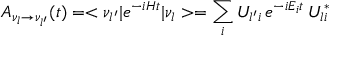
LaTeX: A _ { \nu _ { l } \to \nu _ { l ^ { \prime } } } ( t ) = < \nu _ { l ^ { \prime } } | e ^ { - i H t } | \nu _ { l } > = \sum _ { i } U _ { l ^ { \prime } i } \, e ^ { - i E _ { i } t } \, U _ { l i } ^ { * }